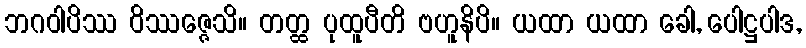
ဘဂဝါပိဿ ဝိဿဇ္ဇေသိ။ တတ္ထ ပုထူပီတိ ဗဟူနိပိ။ ယထာ ယထာ ခေါ, ပေါဋ္ဌပါဒ,